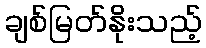
ချစ်မြတ်နိုးသည့်